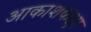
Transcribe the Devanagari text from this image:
आकाशकक्षा